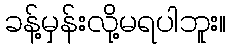
ခန့်မှန်းလို့မရပါဘူး။